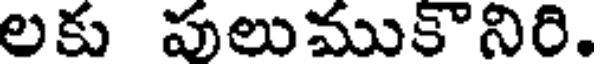
లకు పులుముకొనిరి.